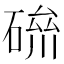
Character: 𥔪